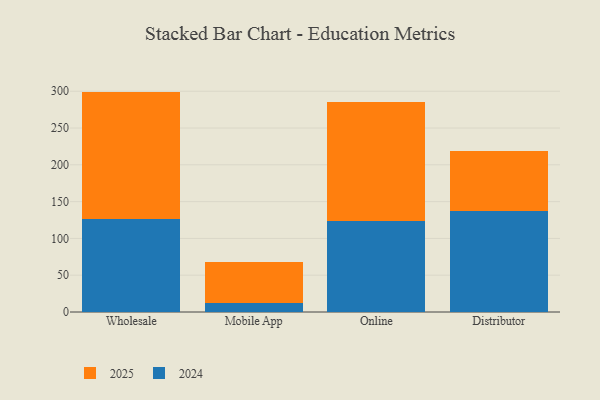
{"axis": {"x": "Channel", "y": "Customer Acquisition Cost (USD)"}, "legend": ["2024", "2025"], "data": [{"x": "Wholesale", "y": 126.9, "type": "2024"}, {"x": "Wholesale", "y": 172.6, "type": "2025"}, {"x": "Mobile App", "y": 12.6, "type": "2024"}, {"x": "Mobile App", "y": 55.9, "type": "2025"}, {"x": "Online", "y": 123.6, "type": "2024"}, {"x": "Online", "y": 161.8, "type": "2025"}, {"x": "Distributor", "y": 137.2, "type": "2024"}, {"x": "Distributor", "y": 81.7, "type": "2025"}]}